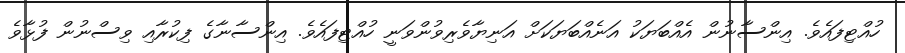
ހުއްޓިފައެވެ. އިންސާނުން އެއްބަޔަކު އަނެއްބަޔަކަށް އަނިޔާވެރިވުންވަނީ ހުއްޓިފައެވެ. އިންސާނާގެ ފިކުރާއި ވިސްނުން ފުޅާވެ